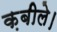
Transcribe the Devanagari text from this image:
क़बीले।